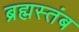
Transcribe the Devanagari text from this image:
ब्रह्मस्तंब